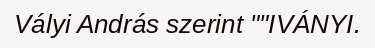
Vályi András szerint ""IVÁNYI.